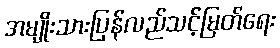
အမျိုးသားပြန်လည်သင့်မြတ်ရေး